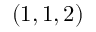
( 1 , 1 , 2 )